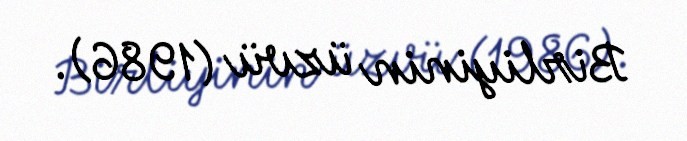
Birliyinin üzvü (1986).